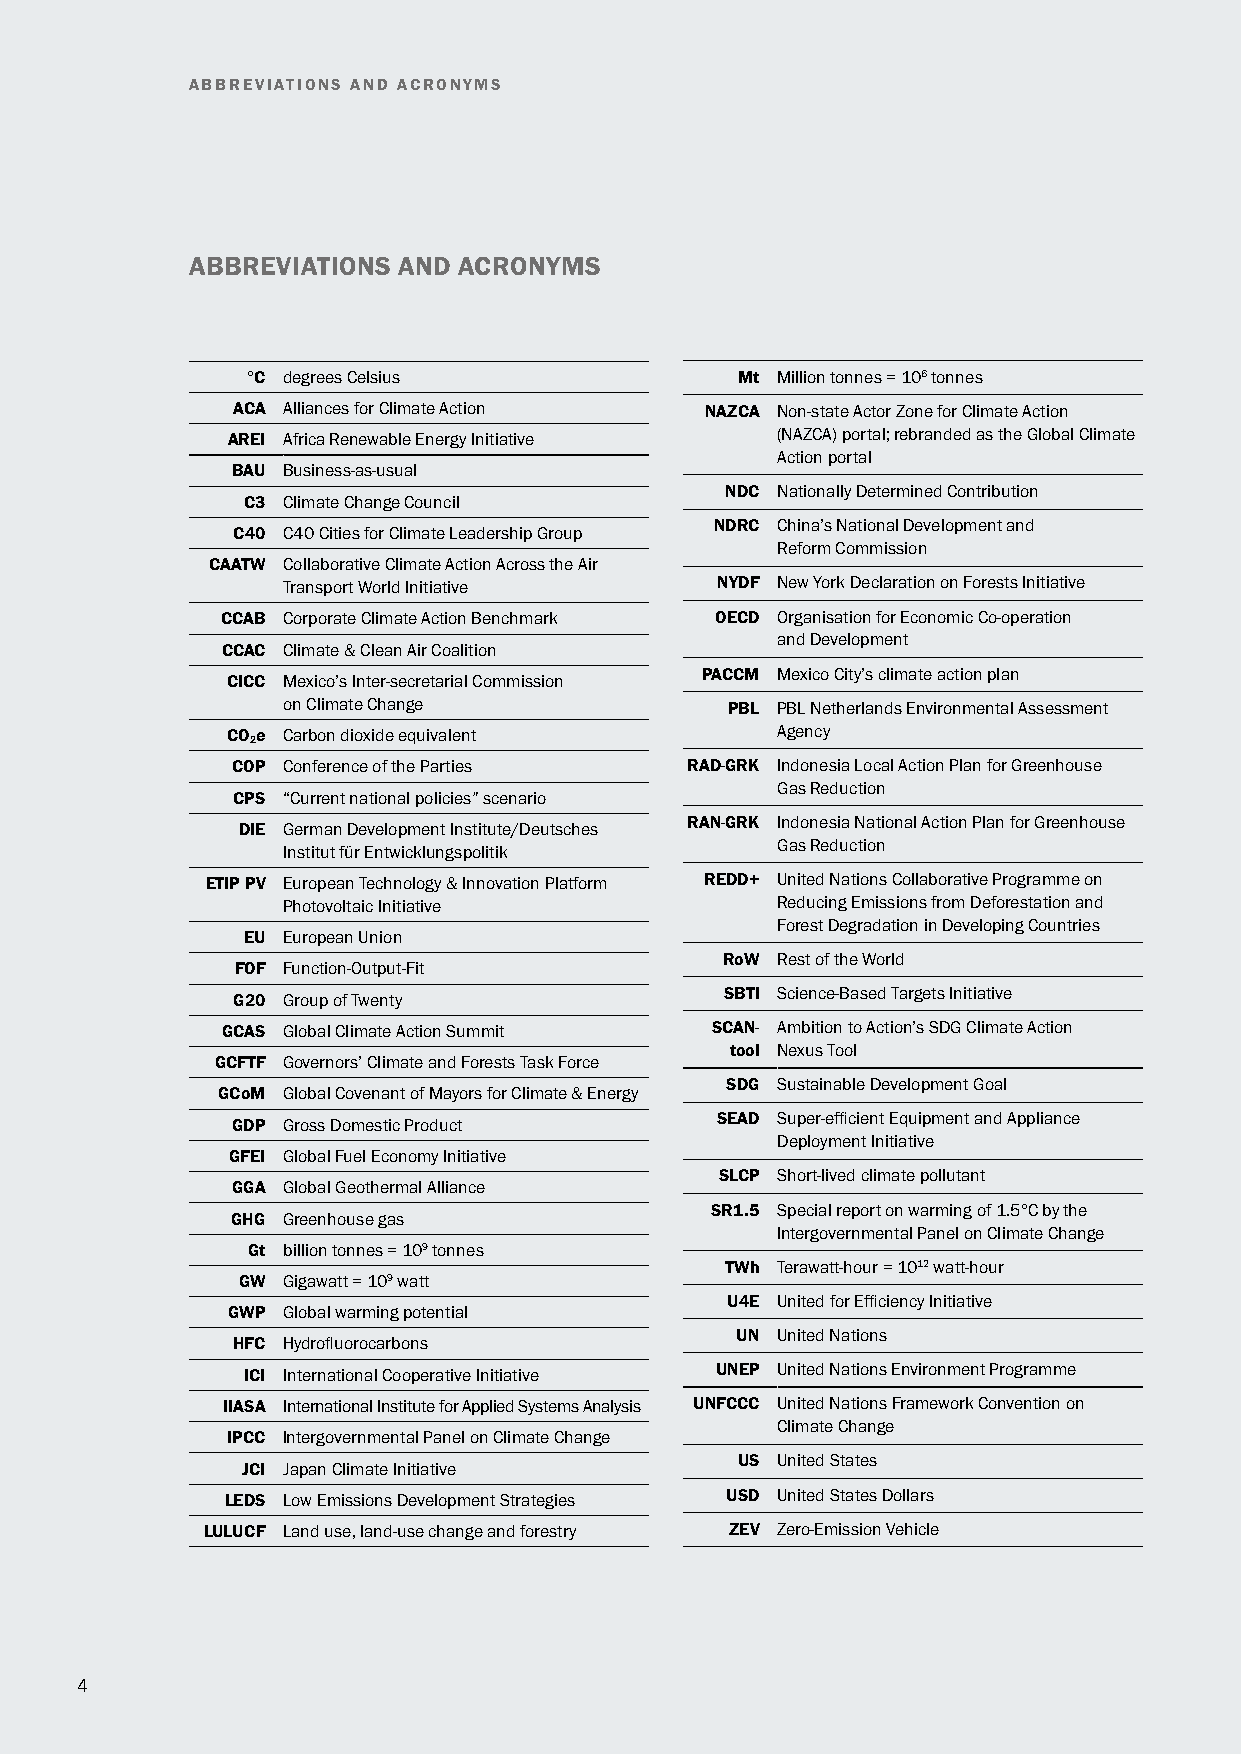
ABBREVIATIONS AND ACRONYMS
 ABBREVIATIONS AND ACRONYMS
 °C degrees Celsius               Mt Million tonnes = 106 tonnes
 ACA Alliances for Climate Action NAZCA Non-state Actor Zone for Climate Action
 AREI Africa Renewable Energy Initiative (NAZCA) portal; rebranded as the Global Climate
 Action portal
 BAU Business-as-usual
 NDC Nationally Determined Contribution
 C3 Climate Change Council
 NDRC China’s National Development and
 C40 C40 Cities for Climate Leadership Group
 Reform Commission
 CAATW Collaborative Climate Action Across the Air
 Transport World Initiative  NYDF New York Declaration on Forests Initiative
 CCAB Corporate Climate Action Benchmark OECD Organisation for Economic Co-operation
 and Development
 CCAC Climate & Clean Air Coalition
 PACCM Mexico City’s climate action plan
 CICC Mexico’s Inter-secretarial Commission
 on Climate Change            PBL PBL Netherlands Environmental Assessment
 COe Carbon dioxide equivalent       Agency
 2
 COP Conference of the Parties RAD-GRK Indonesia Local Action Plan for Greenhouse
 Gas Reduction
 CPS “Current national policies” scenario
 RAN-GRK Indonesia National Action Plan for Greenhouse
 DIE German Development Institute/Deutsches
 Gas Reduction
 Institut für Entwicklungspolitik
 ETIP PV European Technology & Innovation Platform REDD+ United Nations Collaborative Programme on
 Photovoltaic Initiative         Reducing Emissions from Deforestation and
 Forest Degradation in Developing Countries
 EU European Union
 RoW Rest of the World
 FOF Function-Output-Fit
 SBTi Science-Based Targets Initiative
 G20 Group of Twenty
 GCAS Global Climate Action Summit SCAN- Ambition to Action’s SDG Climate Action
 tool Nexus Tool
 GCFTF Governors’ Climate and Forests Task Force
 SDG Sustainable Development Goal
 GCoM Global Covenant of Mayors for Climate & Energy
 SEAD Super-efficient Equipment and Appliance
 GDP Gross Domestic Product
 Deployment Initiative
 GFEI Global Fuel Economy Initiative
 SLCP Short-lived climate pollutant
 GGA Global Geothermal Alliance
 SR1.5 Special report on warming of 1.5°C by the
 GHG Greenhouse gas
 Intergovernmental Panel on Climate Change
 Gt billion tonnes = 109 tonnes
 TWh Terawatt-hour = 1012 watt-hour
 GW Gigawatt = 109 watt
 U4E United for Efficiency Initiative
 GWP Global warming potential
 UN United Nations
 HFC Hydrofluorocarbons
 ICI International Cooperative Initiative UNEP United Nations Environment Programme
 IIASA International Institute for Applied Systems Analysis UNFCCC United Nations Framework Convention on
 Climate Change
 IPCC Intergovernmental Panel on Climate Change
 US United States
 JCI Japan Climate Initiative
 LEDS Low Emissions Development Strategies USD United States Dollars
 LULUCF Land use, land-use change and forestry ZEV Zero-Emission Vehicle
 4